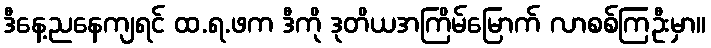
ဒီနေ့ညနေကျရင် ထ.ရ.ဖက ဒီကို ဒုတိယအကြိမ်မြောက် လာစစ်ကြဦးမှာ။